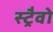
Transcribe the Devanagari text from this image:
स्ट्रैवो